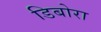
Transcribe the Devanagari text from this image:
डिबोरा